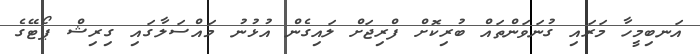
އަނބިމީހާ މަރައި ގުނަވަންތައް ބުރިކޮށް ފްރިޖަށް ލައިގެން އުޅުނު މައްސަލާގައި ގިރިޝް ޕޯޓޭގެ